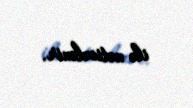
ilə nəticələnir.